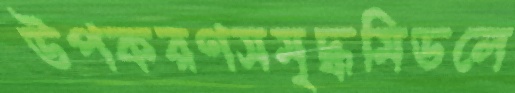
উপকরণসমৃদ্ধমিডলে